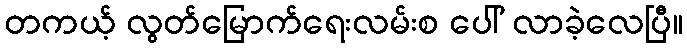
တကယ့် လွတ်မြောက်ရေးလမ်းစ ပေါ် လာခဲ့လေပြီ။